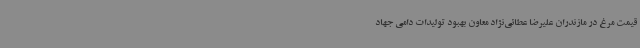
قیمت مرغ در مازندران علیرضا عطائی‌نژاد معاون بهبود تولیدات دامی جهاد